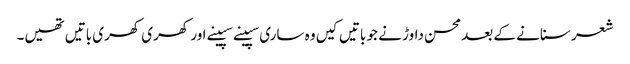
شعر سنانے کے بعد محسن داوڑ نے جو باتیں کیں وہ ساری سپینے سپینے اور کھری کھری باتیں تھیں۔